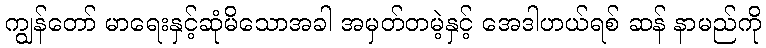
ကျွန်တော် မာရေးနှင့်ဆုံမိသောအခါ အမှတ်တမဲ့နှင့် အေဒါဟယ်ရစ် ဆန် နာမည်ကို